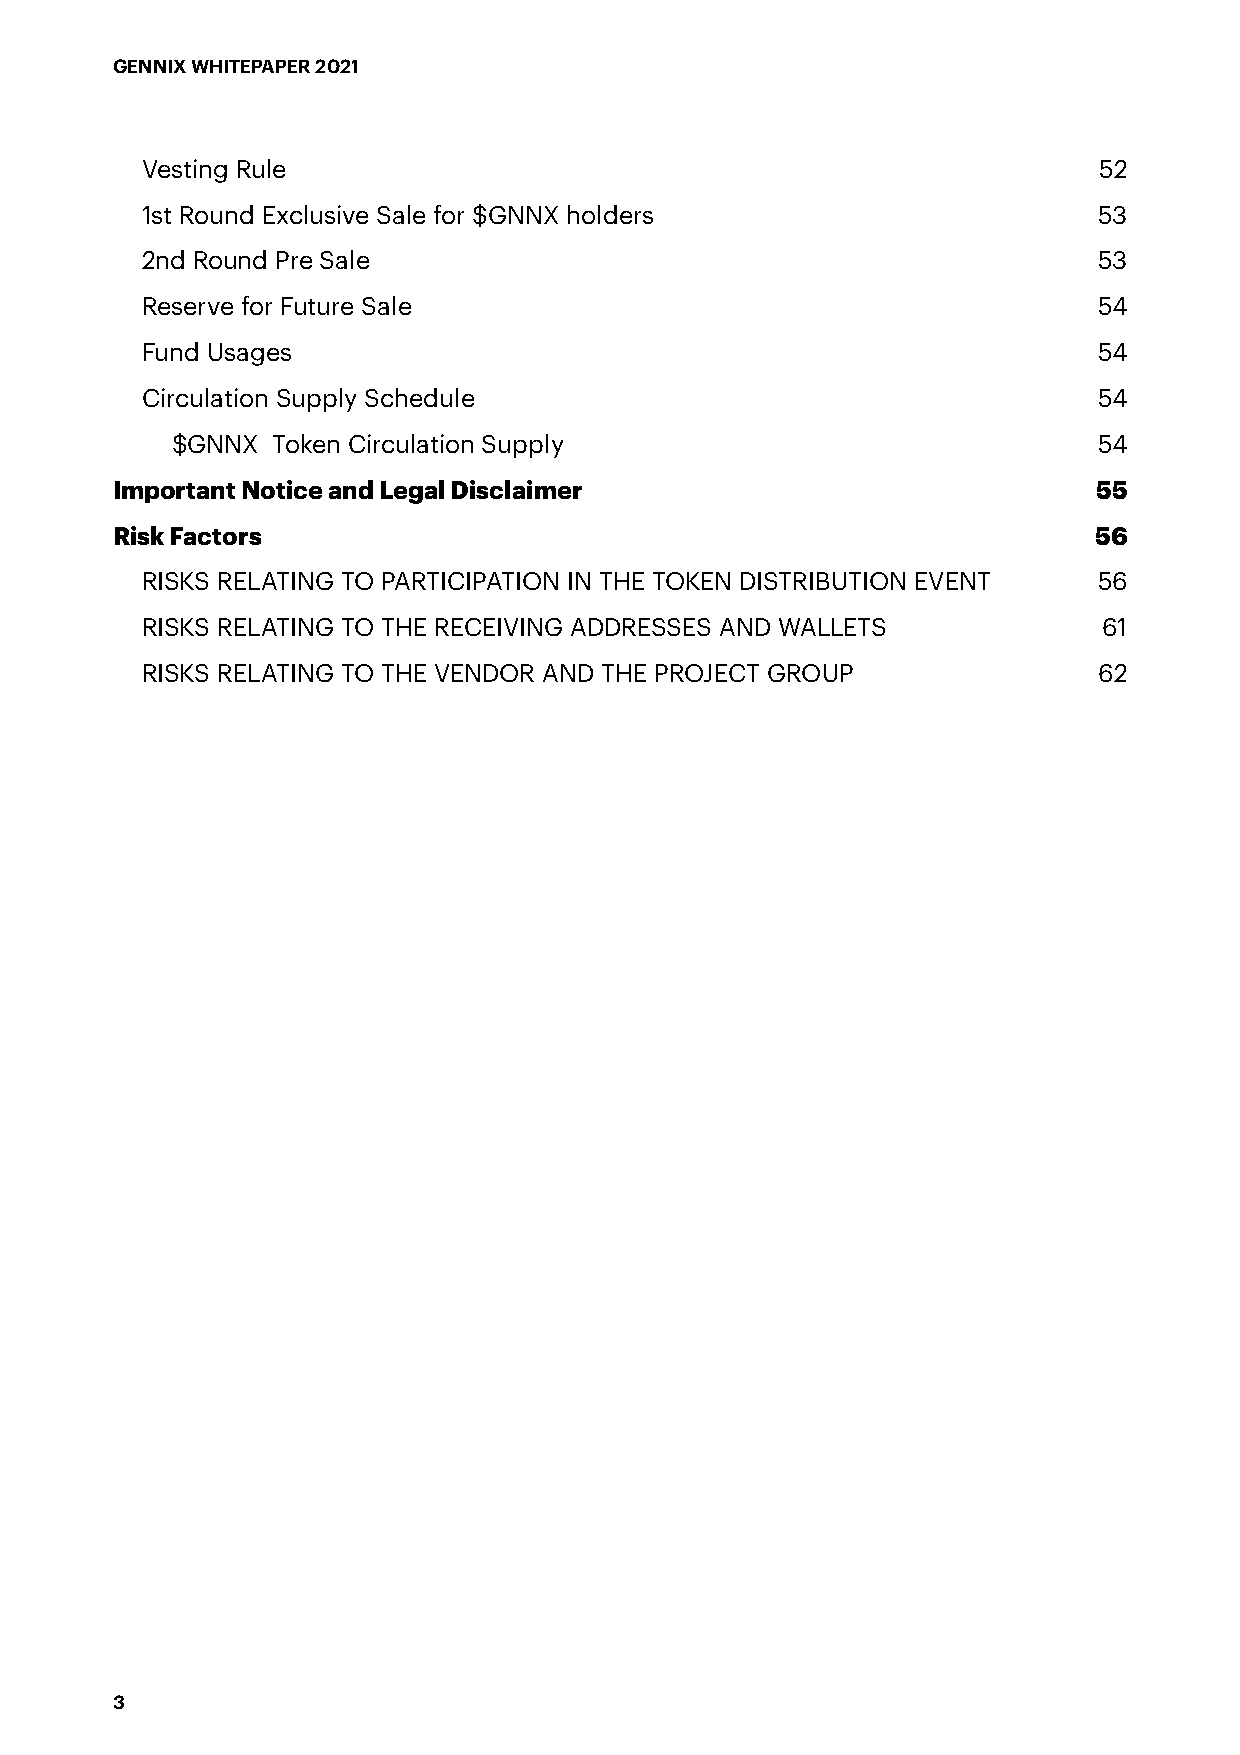
GENNIX WHITEPAPER 2021
 Vesting Rule                                                    52
 1st Round Exclusive Sale for $GNNX holders                      53
 2nd Round Pre Sale                                              53
 Reserve for Future Sale                                         54
 Fund Usages                                                     54
 Circulation Supply Schedule                                     54
 $GNNX  Token Circulation Supply                               54
 Important Notice and Legal Disclaimer                             55
 Risk Factors                                                     56
 RISKS RELATING TO PARTICIPATION IN THE TOKEN DISTRIBUTION EVENT 56
 RISKS RELATING TO THE RECEIVING ADDRESSES AND WALLETS           61
 RISKS RELATING TO THE VENDOR AND THE PROJECT GROUP              62
 3